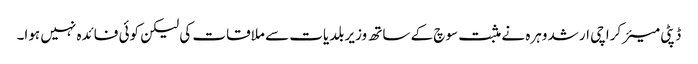
ڈپٹی میئر کراچی ارشد وہرہ نے مثبت سوچ کے ساتھ وزیر بلدیات سے ملاقات کی لیکن کوئی فائدہ نہیں ہوا۔